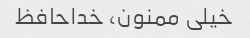
خیلی ممنون، خداحافظ